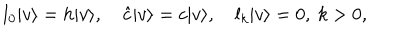
LaTeX: l _ { 0 } | v \rangle = h | v \rangle , \quad \hat { c } | v \rangle = c | v \rangle , \quad l _ { k } | v \rangle = 0 , \ k > 0 ,